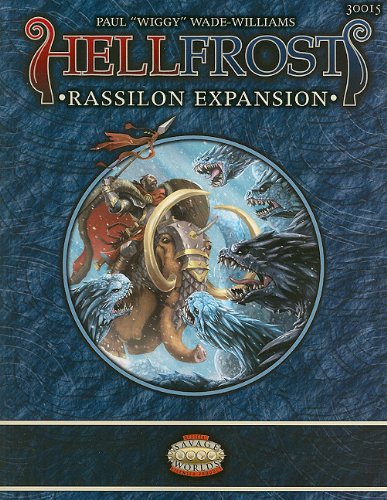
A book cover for Hellfrost Rassilon Expansion (Savage Worlds); Paul Wade-Williams; Science Fiction & Fantasy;